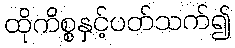
ထိုကိစ္စနှင့်ပတ်သက်၍